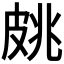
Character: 𱲄